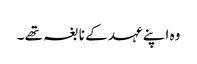
وہ اپنے عہد کے نابغہ تھے ۔